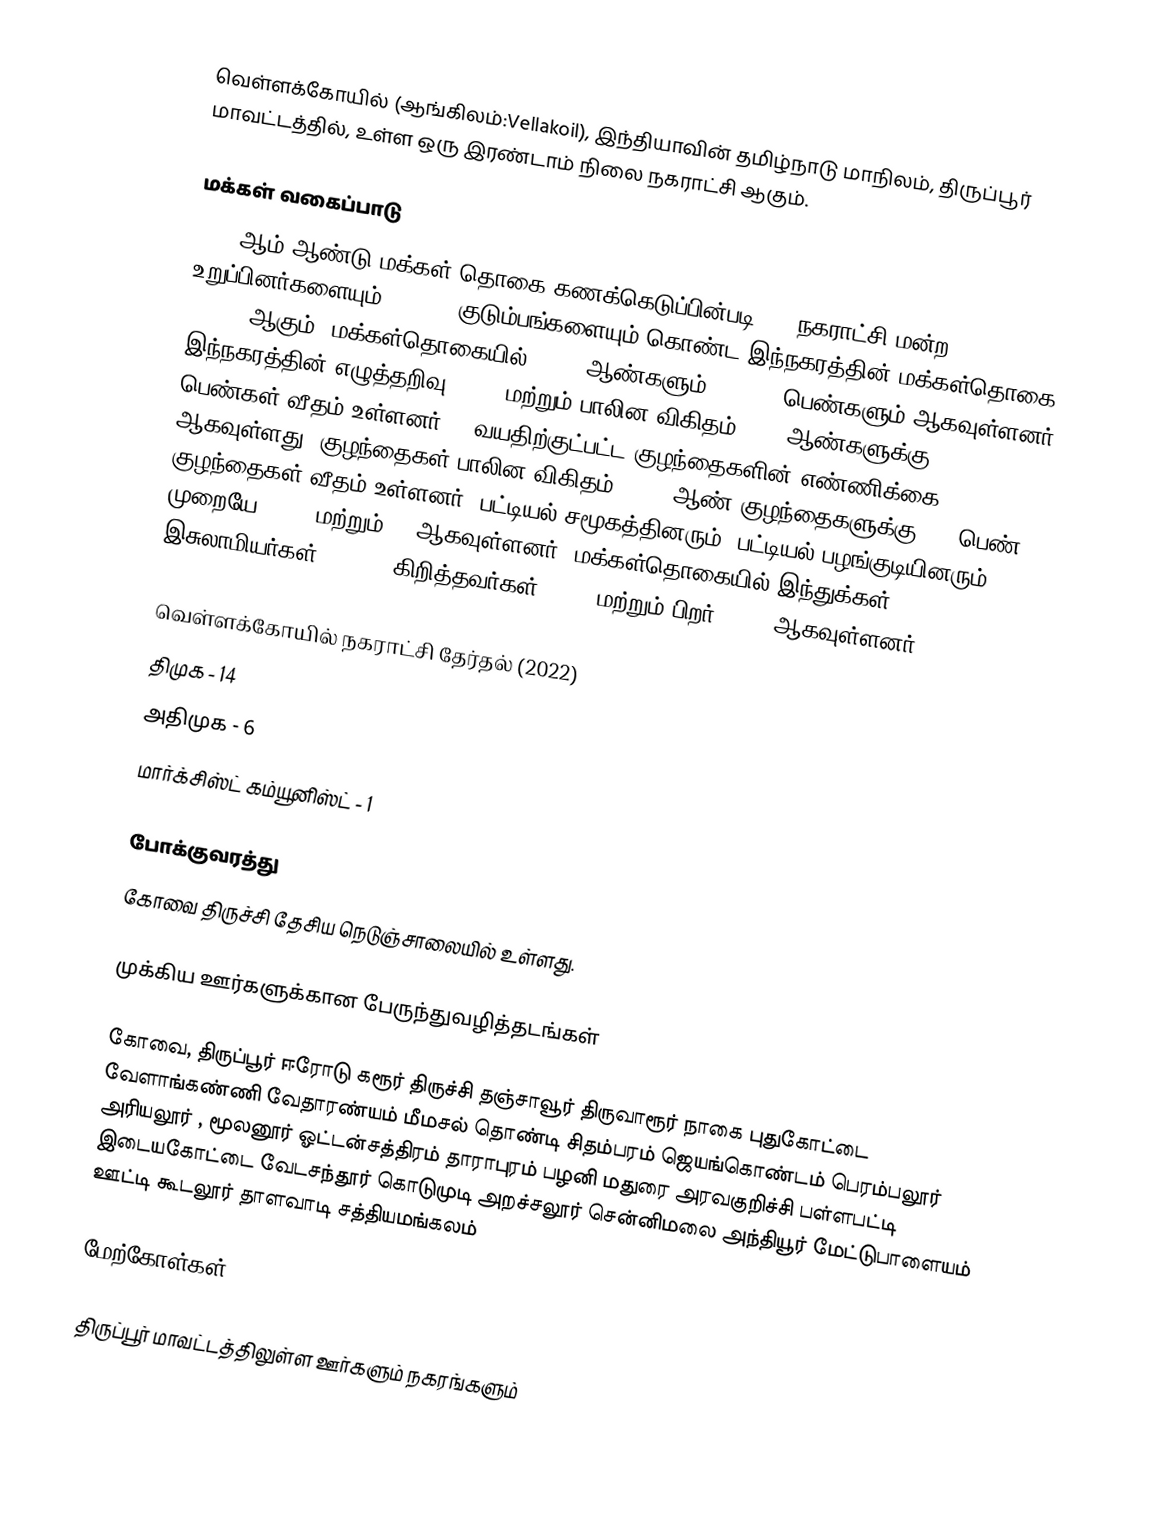
வெள்ளக்கோயில் (ஆங்கிலம்:Vellakoil), இந்தியாவின் தமிழ்நாடு மாநிலம், திருப்பூர் மாவட்டத்தில்,  உள்ள ஒரு இரண்டாம் நிலை நகராட்சி ஆகும்.

மக்கள் வகைப்பாடு
2011-ஆம் ஆண்டு மக்கள் தொகை கணக்கெடுப்பின்படி,  21 நகராட்சி மன்ற உறுப்பினர்களையும், 12,157 குடும்பங்களையும் கொண்ட இந்நகரத்தின் மக்கள்தொகை 40,359 ஆகும். மக்கள்தொகையில் 20,158ஆண்களும், 20,201   பெண்களும் ஆகவுள்ளனர். இந்நகரத்தின் எழுத்தறிவு 81.3% மற்றும் பாலின விகிதம் 1000 ஆண்களுக்கு, 1,002  பெண்கள் வீதம் உள்ளனர். 6 வயதிற்குட்பட்ட குழந்தைகளின் எண்ணிக்கை 3438  ஆகவுள்ளது. குழந்தைகள் பாலின விகிதம், 1000 ஆண் குழந்தைகளுக்கு 924  பெண் குழந்தைகள் வீதம் உள்ளனர். பட்டியல் சமூகத்தினரும், பட்டியல் பழங்குடியினரும் முறையே 6,572 மற்றும் 22 ஆகவுள்ளனர். மக்கள்தொகையில் இந்துக்கள் 96.64%,  இசுலாமியர்கள் 0.92% , கிறித்தவர்கள்  2.02%  மற்றும்  பிறர் 0.42% ஆகவுள்ளனர்.

வெள்ளக்கோயில் நகராட்சி தேர்தல் (2022)
 திமுக - 14
 அதிமுக - 6
 மார்க்சிஸ்ட் கம்யூனிஸ்ட் - 1

போக்குவரத்து
கோவை திருச்சி தேசிய நெடுஞ்சாலையில் உள்ளது.

முக்கிய ஊர்களுக்கான பேருந்துவழித்தடங்கள்

கோவை, திருப்பூர் ஈரோடு கரூர் திருச்சி தஞ்சாவூர் திருவாரூர் நாகை புதுகோட்டை வேளாங்கண்ணி வேதாரண்யம் மீமசல் தொண்டி சிதம்பரம் ஜெயங்கொண்டம் பெரம்பலூர் அரியலூர் ,  மூலனூர் ஓட்டன்சத்திரம் தாராபுரம் பழனி மதுரை அரவகுறிச்சி பள்ளபட்டி இடையகோட்டை வேடசந்தூர் கொடுமுடி அறச்சலூர் சென்னிமலை அந்தியூர் மேட்டுபாளையம் ஊட்டி கூடலூர் தாளவாடி சத்தியமங்கலம்

மேற்கோள்கள்

திருப்பூர் மாவட்டத்திலுள்ள ஊர்களும் நகரங்களும்